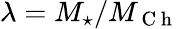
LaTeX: \lambda=M_{\star}/M_{\mathrm{~C~h~}}